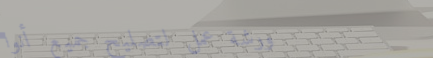
ورشة عمل لتصليح جميع أنوا